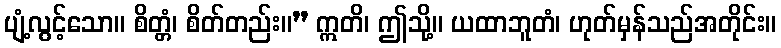
ပျံ့လွင့်သော။ စိတ္တံ၊ စိတ်တည်း။” ဣတိ၊ ဤသို့။ ယထာဘူတံ၊ ဟုတ်မှန်သည်အတိုင်း။